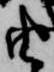
由